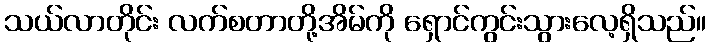
သယ်လာတိုင်း လက်စတာတို့အိမ်ကို ရှောင်ကွင်းသွားလေ့ရှိသည်။